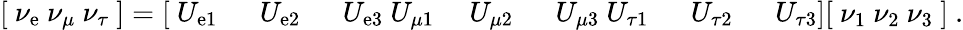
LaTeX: {\left[\begin{array}{l}{~\nu_{\mathrm{e}}\ \nu_{\mu}\ \nu_{\tau}~}\end{array}\right]}={\left[\begin{array}{lllllll}{~U_{\mathrm{e}1}~}&{~U_{\mathrm{e}2}~}&{~U_{\mathrm{e}3}\ U_{\mu 1}}&{~U_{\mu 2}~}&{~U_{\mu 3}\ U_{\tau 1}~}&{~U_{\tau 2}~}&{~U_{\tau 3}}\end{array}\right]}{\left[\begin{array}{l}{~\nu_{1}\ \nu_{2}\ \nu_{3}~}\end{array}\right]}~.